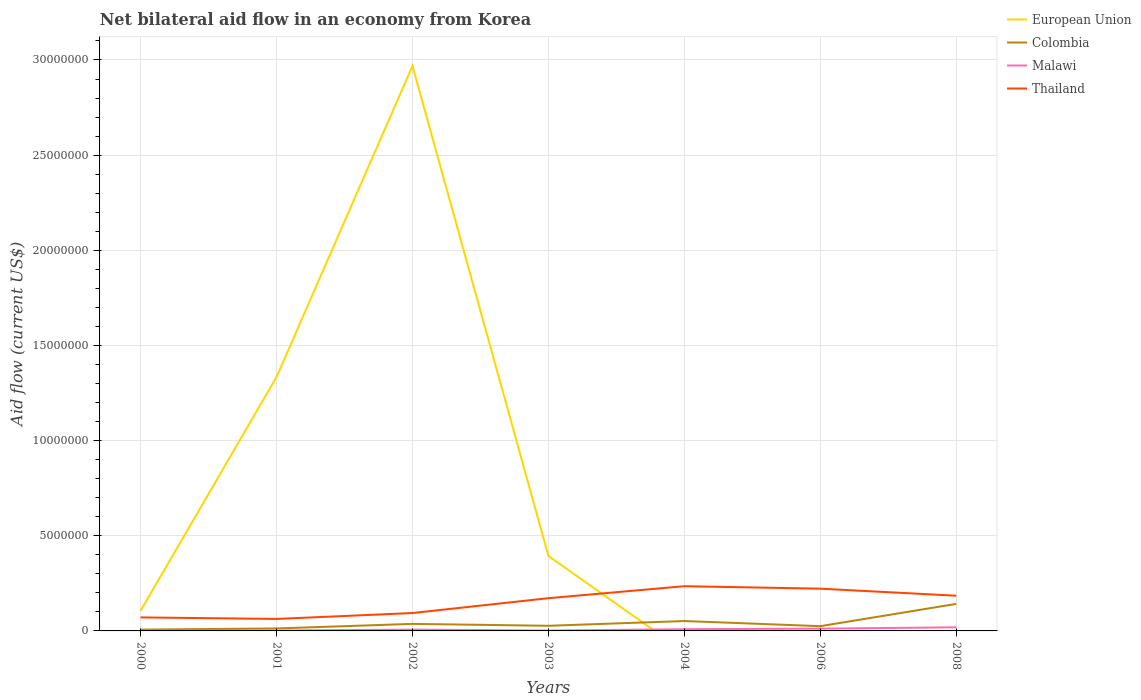
| Years | European Union | Colombia | Malawi | Thailand |
 | --- | --- | --- | --- | --- |
 | 2000 | 1.06e+06 | 7e+04 | 2e+04 | 7.1e+05 |
 | 2001 | 1.33e+07 | 1.3e+05 | 2e+04 | 6.3e+05 |
 | 2002 | 2.97e+07 | 3.7e+05 | 7e+04 | 9.4e+05 |
 | 2003 | 3.94e+06 | 2.7e+05 | 2e+04 | 1.72e+06 |
 | 2004 | -1.1e+06 | 5.2e+05 | 9e+04 | 2.35e+06 |
 | 2006 | 5e+04 | 2.5e+05 | 1.2e+05 | 2.22e+06 |
 | 2008 | -1.11e+06 | 1.42e+06 | 1.9e+05 | 1.85e+06 |